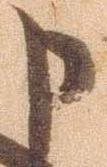
申